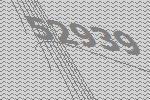
52939